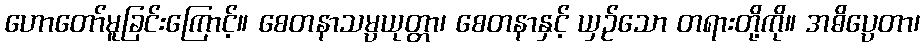
ဟောတော်မူခြင်းကြောင့်။ စေတနာသမ္ပယုတ္တာ၊ စေတနာနှင့် ယှဉ်သော တရားတို့ကို။ အဓိပ္ပေတာ၊